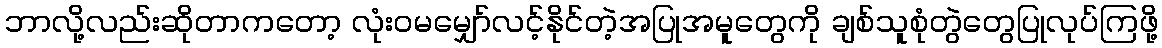
ဘာလို့လည်းဆိုတာကတော့ လုံးဝမမျှော်လင့်နိုင်တဲ့အပြုအမူတွေကို ချစ်သူစုံတွဲတွေပြုလုပ်ကြဖို့